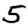
Digit: 5